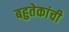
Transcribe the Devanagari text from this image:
बहुतेकांची